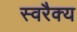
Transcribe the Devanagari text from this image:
स्वरैक्य